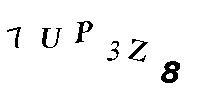
7UP3Z8